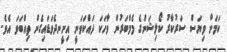
ކަމަށް ވިޔަސް ސަރުކާރު ކޯލިޝަންގެ މެމްބަރުން ވާހަކަ ދައްކަވަނީ އިށީނދެވަޑައިގެން ތިއްބަވަ އެވެ.